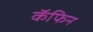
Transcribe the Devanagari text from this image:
कॅफिन